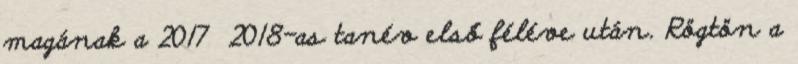
magának a 2017 2018-as tanév első féléve után. Rögtön a